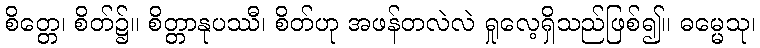
စိတ္တေ၊ စိတ်၌။ စိတ္တာနုပဿီ၊ စိတ်ဟု အဖန်တလဲလဲ ရှုလေ့ရှိသည်ဖြစ်၍။ ဓမ္မေသု၊